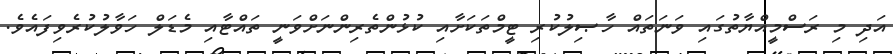
އަދި މި ރަސްމީއްޔާތުގައި ވަނަތައް ހާޞިލުކުރި ޓީމްތަކަށާއި ކުޅުންތެރިންނަށްވަނީ ތައްޓާއި މެޑަލް ހަވާލުކުރެވިފައެވެ.